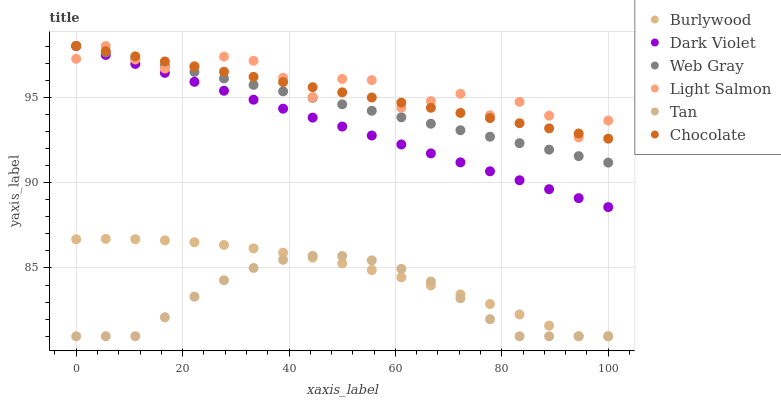
| xaxis_label | Burlywood | Dark Violet | Web Gray | Light Salmon | Tan | Chocolate |
 | --- | --- | --- | --- | --- | --- | --- |
 | 0 | 86.7 | 98 | 98 | 97.3 | 81 | 98 |
 | 5.56 | 86.7 | 97.5 | 97.6 | 98 | 81 | 97.7 |
 | 11.1 | 86.7 | 97 | 97.2 | 97.2 | 81 | 97.4 |
 | 16.7 | 86.6 | 96.4 | 96.9 | 96.7 | 82.1 | 97.1 |
 | 22.2 | 86.5 | 95.9 | 96.5 | 96.8 | 83.3 | 96.8 |
 | 27.8 | 86.3 | 95.4 | 96.1 | 97.4 | 84.3 | 96.5 |
 | 33.3 | 86.1 | 94.9 | 95.7 | 97.1 | 85 | 96.2 |
 | 38.9 | 85.9 | 94.3 | 95.3 | 96.1 | 85.5 | 95.9 |
 | 44.4 | 85.6 | 93.8 | 95 | 95 | 85.7 | 95.6 |
 | 50 | 85.3 | 93.3 | 94.6 | 96.1 | 85.7 | 95.3 |
 | 55.6 | 84.9 | 92.8 | 94.2 | 96 | 85.4 | 95 |
 | 61.1 | 84.5 | 92.2 | 93.8 | 94.4 | 84.9 | 94.7 |
 | 66.7 | 84 | 91.7 | 93.4 | 94.8 | 84.2 | 94.4 |
 | 72.2 | 83.5 | 91.2 | 93.1 | 95.2 | 83.2 | 94.1 |
 | 77.8 | 82.9 | 90.7 | 92.7 | 93.9 | 82 | 93.8 |
 | 83.3 | 82.3 | 90.1 | 92.3 | 94.7 | 81 | 93.5 |
 | 88.9 | 81.6 | 89.6 | 91.9 | 93.9 | 81 | 93.2 |
 | 94.4 | 81 | 89.1 | 91.6 | 92.6 | 81 | 92.9 |
 | 100 | 81 | 88.6 | 91.2 | 93.6 | 81 | 92.6 |